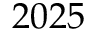
2 0 2 5